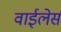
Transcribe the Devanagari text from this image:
वाईलेर्स